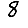
Digit: 8